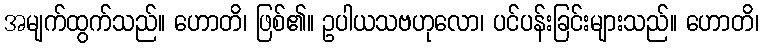
အမျက်ထွက်သည်။ ဟောတိ၊ ဖြစ်၏။ ဥပါယသဗဟုလော၊ ပင်ပန်းခြင်းများသည်။ ဟောတိ၊